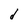
Character: d